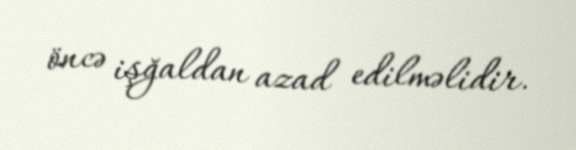
öncə işğaldan azad edilməlidir.